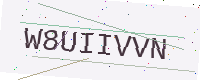
Text: W8UIIVVN